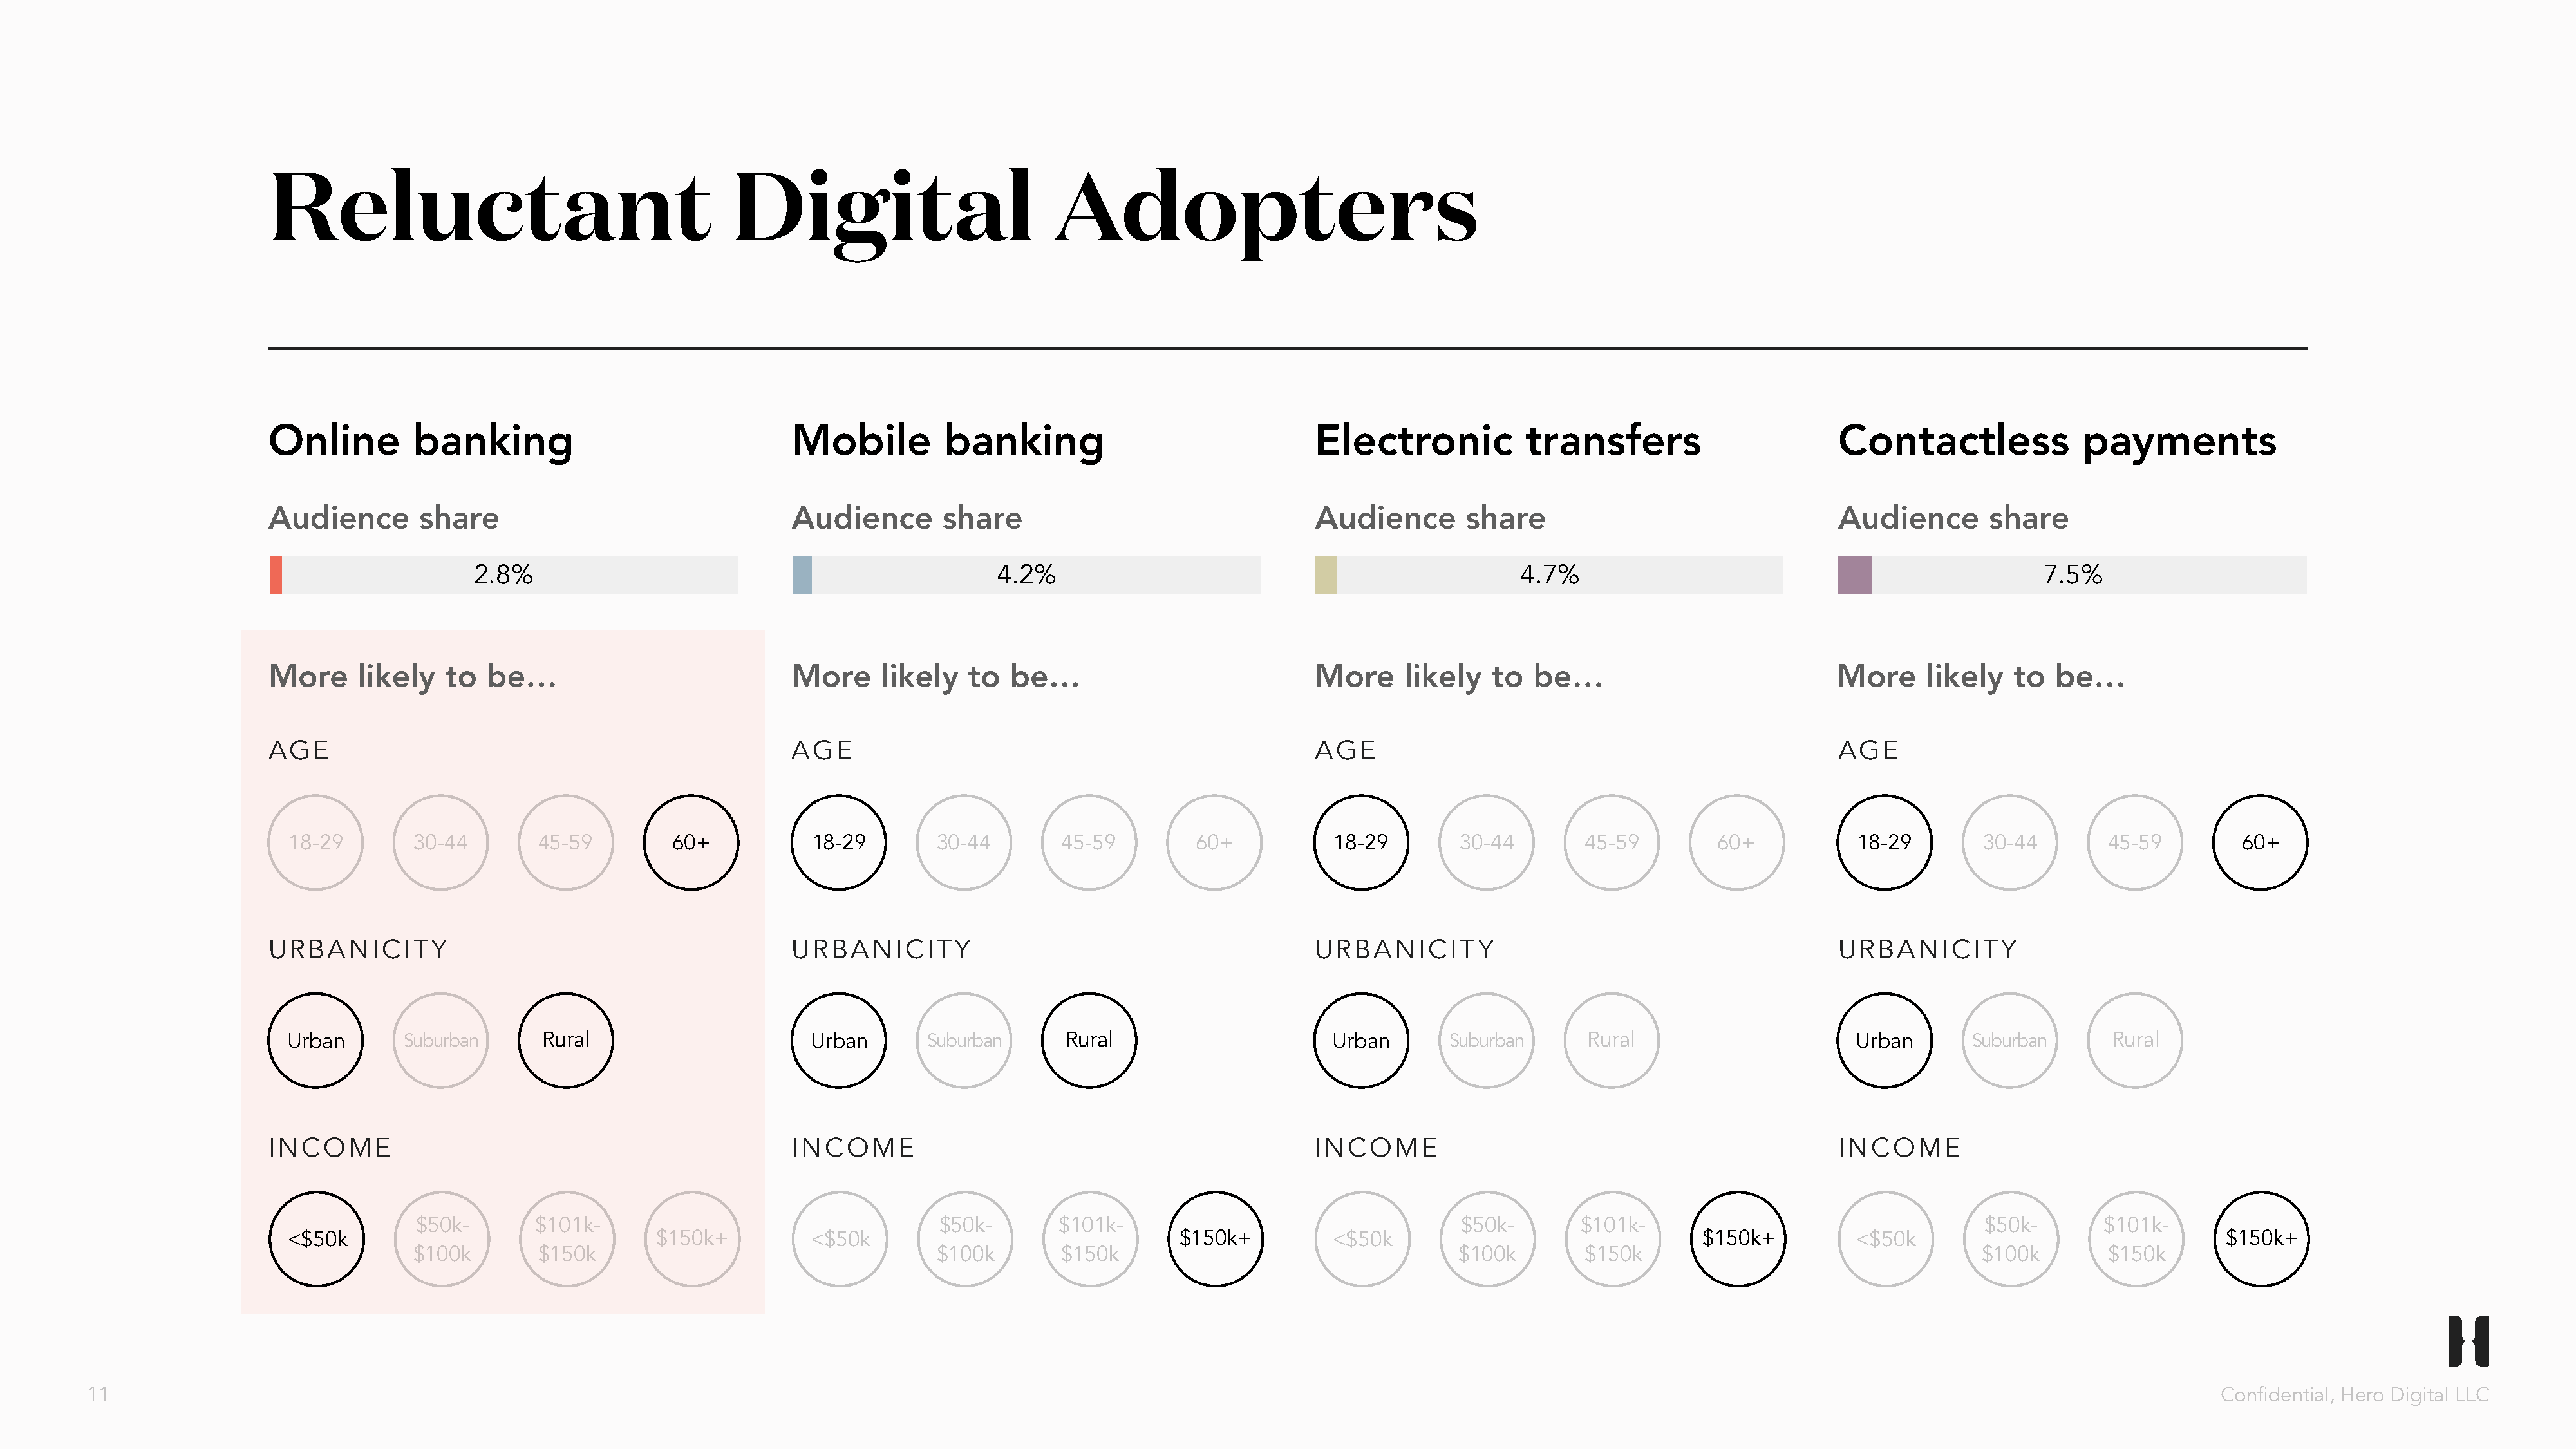
Reluctant                                      Digital                          Adopters
 Online        banking                                Mobile          banking                               Electronic            transfers                       Contactless              payments
 Audience       share                                 Audience        share                                 Audience        share                                 Audience       share
 2.8%                                                 4.2%                                                  4.7%                                                  7.5%
 More     likely   to  be…                            More      likely   to  be…                            More     likely   to   be…                            More     likely   to  be…
 AGE                                                  AGE                                                   AGE                                                   AGE
 18-29       30-44        45-59         60+           18-29        30-44        45-59         60+           18-29        30-44        45-59         60+           18-29        30-44        45-59        60+
 URBANICITY                                           URBANICITY                                            URBANICITY                                            URBANICITY
 Urban       Suburban      Rural                      Urban       Suburban       Rural                      Urban       Suburban      Rural                       Urban       Suburban      Rural
 INCOME                                               INCOME                                                INCOME                                                INCOME
 $50k-       $101k-                                    $50k-       $101k-                                   $50k-       $101k-                                    $50k-       $101k-
 <$50k                                $150k+          <$50k                                 $150k+          <$50k                                 $150k+          <$50k                                 $150k+
 $100k        $150k                                    $100k        $150k                                    $100k        $150k                                    $100k        $150k
 11                                                                                                                                                                                                                         Confidential, Hero Digital LLC